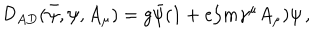
LaTeX: \mathcal { D } _ { A D } ( \bar { \psi } , \psi , A _ { \mu } ) = g \bar { \psi } ( 1 + e / m \gamma ^ { \mu } A _ { \mu } ) \psi \, ,